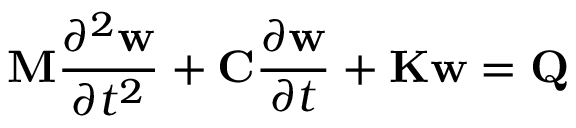
\mathbf { M } \frac { \partial ^ { 2 } \mathit { \mathbf { w } } } { \partial t ^ { 2 } } + \mathbf { C } \frac { \partial \mathit { \mathbf { w } } } { \partial t } + \mathbf { K w } = \mathbf { Q }